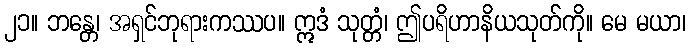
၂၁။ ဘန္တေ၊ အရှင်ဘုရားကဿပ။ ဣဒံ သုတ္တံ၊ ဤပရိဟာနိယသုတ်ကို။ မေ မယာ၊